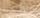
تقضى